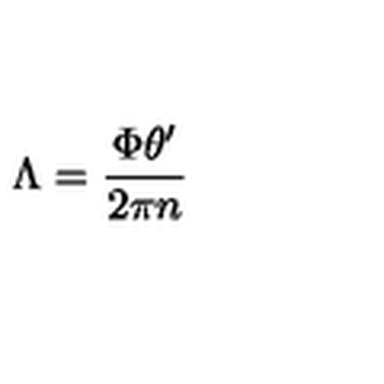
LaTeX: \Lambda = { \frac { \Phi \theta ^ { \prime } } { 2 \pi n } }